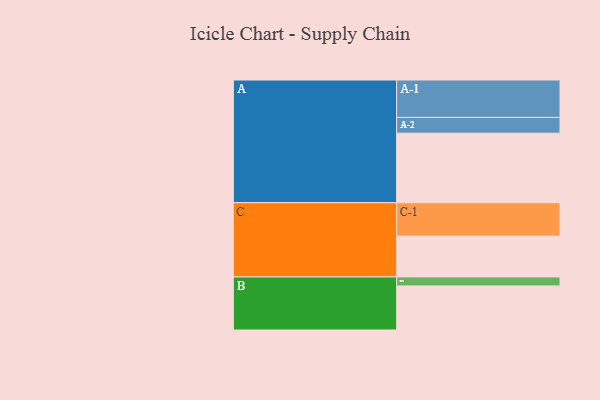
{"axis": {"x": "Segment", "y": "Value"}, "legend": ["", "A", "B", "C"], "data": [{"x": "A", "y": 552, "type": ""}, {"x": "B", "y": 350, "type": ""}, {"x": "C", "y": 324, "type": ""}, {"x": "A-1", "y": 297, "type": "A"}, {"x": "A-2", "y": 125, "type": "A"}, {"x": "B-1", "y": 71, "type": "B"}, {"x": "C-1", "y": 265, "type": "C"}]}